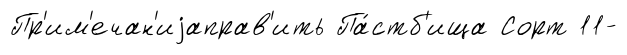
Пр'им'ечан'иjаправ'ить Па́стб'ища Сорт 11-